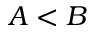
A < B